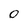
Character: 0